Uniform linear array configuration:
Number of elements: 4
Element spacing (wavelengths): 0.5
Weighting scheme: binomial
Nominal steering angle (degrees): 0
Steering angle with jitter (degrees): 0.02566
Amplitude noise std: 0.05
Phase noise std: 0.05

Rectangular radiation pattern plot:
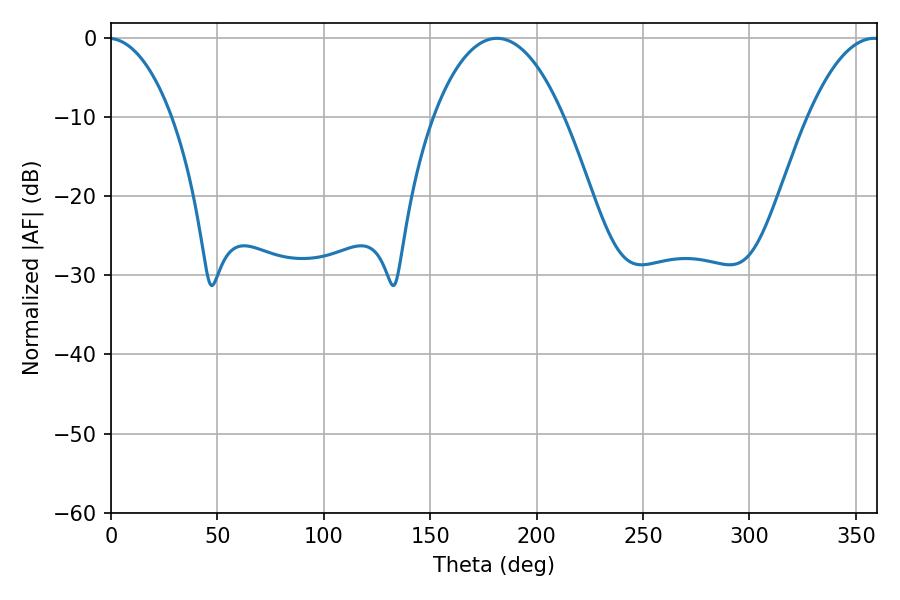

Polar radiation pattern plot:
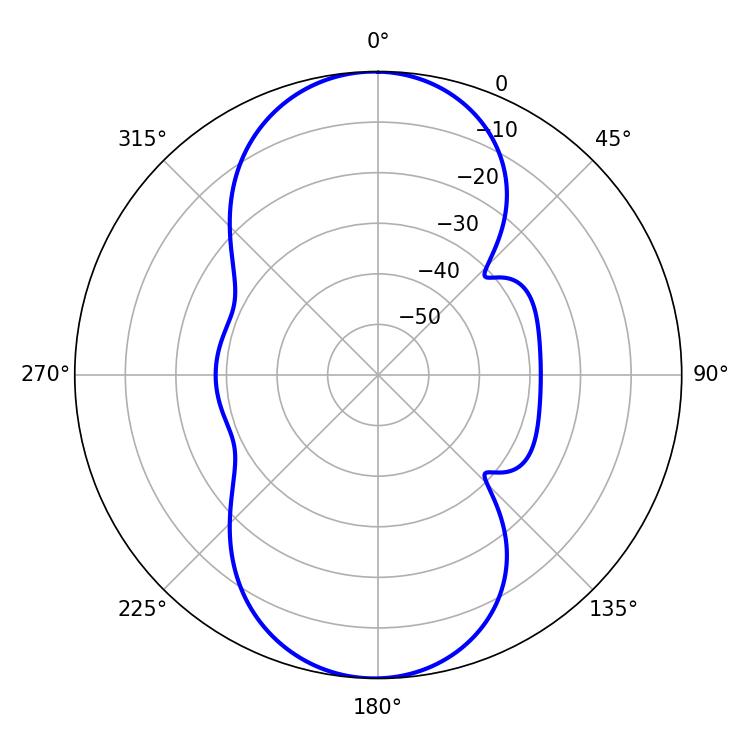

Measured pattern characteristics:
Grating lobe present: FALSE
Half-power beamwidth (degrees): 34.02
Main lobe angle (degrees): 181.44